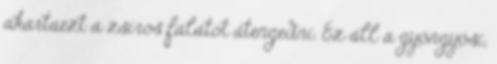
akartaezt a zsíros falatot átengedni. Ez áll a gyöngyösi,